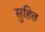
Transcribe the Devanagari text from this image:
सुहित